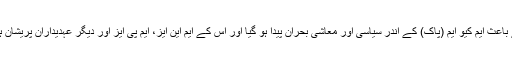
اس کے باعث ایم کیو ایم (پاک) کے اندر سیاسی اور معاشی بحران پیدا ہو گیا اور اس کے ایم این ایز، ایم پی ایز اور دیگر عہدیداران پریشان ہو گئے۔